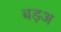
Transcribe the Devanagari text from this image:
बड़अ